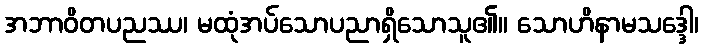
အဘာဝိတပညဿ၊ မထုံအပ်သောပညာရှိသောသူ၏။ သောဟိနာမသဒ္ဒေါ၊